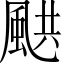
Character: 𩗄